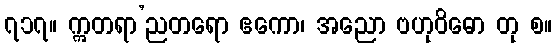
၇၁၇။ ဣတရာ’ညတရော ဧကော၊ အညော ဗဟုဝိဓော တု စ။